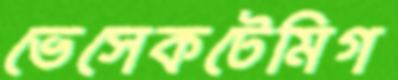
ভেসেকটেমিগ